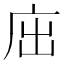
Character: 𢇿